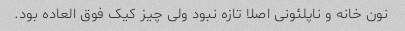
نون خانه و ناپلئونی اصلا تازه نبود ولی چیز کیک فوق العاده بود.